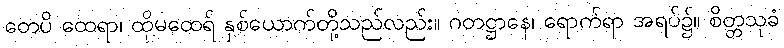
တေပိ ထေရာ၊ ထိုမထေရ် နှစ်ယောက်တို့သည်လည်း။ ဂတဋ္ဌာနေ၊ ရောက်ရာ အရပ်၌။ စိတ္တသုခံ